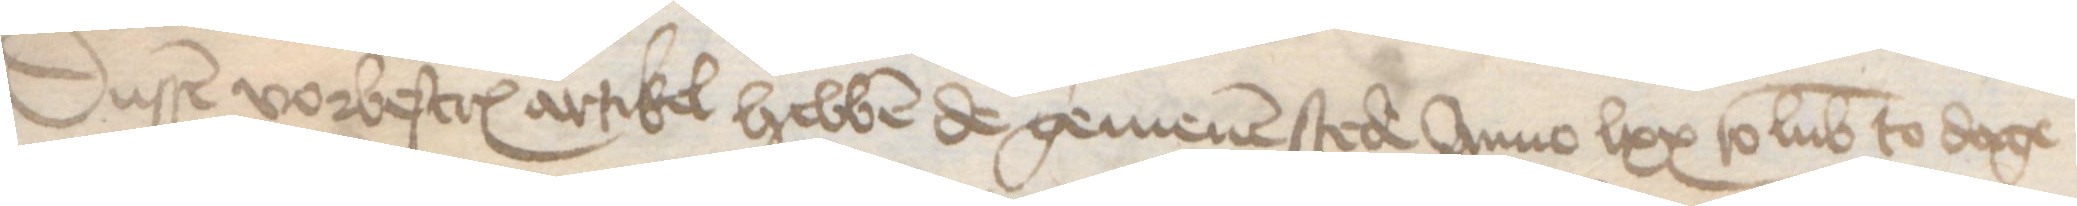
Dussen vorbescreuen artikel hebben de gemenen stede Anno lxx to Lubeke to dage